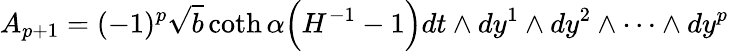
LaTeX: A_{p+1}=(-1)^{p}\sqrt{b}\coth\alpha\Big(H^{-1}-1\Big)dt\wedge dy^{1}\wedge dy^{2}\wedge\cdots\wedge dy^{p}